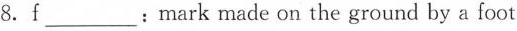
8. f___: mark made on the ground by a foot